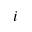
_ i